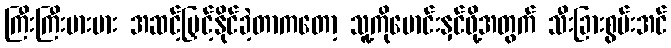
ကြီးကြီးမားမား အဆင့်မြှင့်နိုင်ခဲ့တာကတော့ သူ့ကိုမောင်းနှင်ဖို့အတွက် သီးခြားစွမ်းအင်